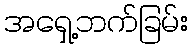
အရှေ့ဘက်ခြမ်း